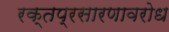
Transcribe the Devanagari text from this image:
रक्तप्रसारणावरोध